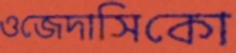
ওজেদাসিকো